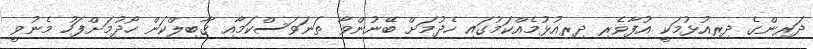
ދަރިންގެ ދިރިއުޅުމަކީ އުފާވެރި ދިރިއުޅުމެއްކަމުގައި ހެދުމަށް ބޭނުންވާ ތަނަވަސްކަމާއި ޤާބިލްކަން ހޯދުމަށްފަހު މެނުވީ